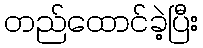
တည်ထောင်ခဲ့ပြီး